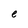
Character: e